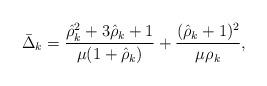
LaTeX: \begin{align*}\bar\Delta_{k}=\frac{\hat{\rho}_{k}^{2}+3\hat{\rho}_{k}+1}{\mu(1+\hat{\rho}_k)}+\frac{(\hat{\rho}_k+1)^2}{\mu\rho_k},\end{align*}